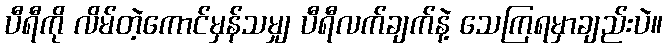
ပီရီကို လိမ်တဲ့ကောင်မှန်သမျှ ပီရီလက်ချက်နဲ့ သေကြရမှာချည်းပဲ။